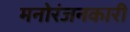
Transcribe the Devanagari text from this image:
मनोरंजनकारी